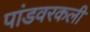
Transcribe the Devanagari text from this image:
पांडवरकली